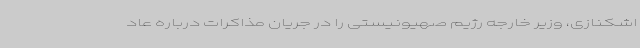
اشکنازی، وزیر خارجه رژیم صهیونیستی را در جریان مذاکرات درباره عاد